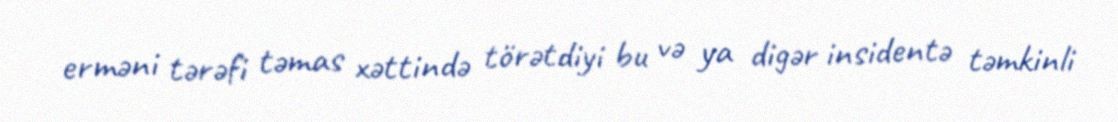
erməni tərəfi təmas xəttində törətdiyi bu və ya digər insidentə təmkinli